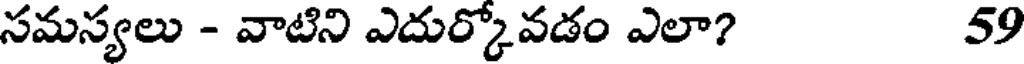
సమస్యలు - వాటిని ఎదుర్కోవడం ఎలా? 59